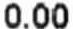
0.00